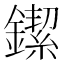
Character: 䥛